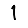
Digit: 1